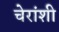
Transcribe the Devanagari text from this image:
चेरांशी